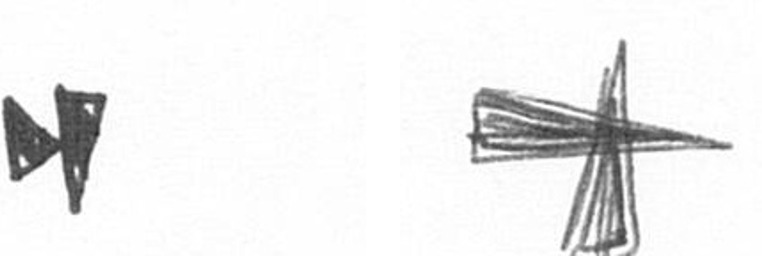
M G